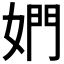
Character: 𰌋